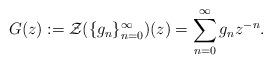
LaTeX: \begin{align*} G(z):= \mathcal{Z}(\{g_n\}_{n=0}^{\infty})(z) = \sum\limits_{n=0}^{\infty} g_n z^{-n}. \end{align*}